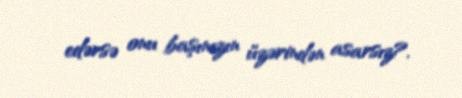
edərsə onu başınızın üzərindən asarsız?.